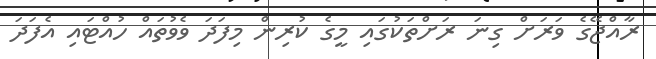
ރާއްޖޭގެ ވަރަށް ގިނަ ރަށްތަކުގައި މީގެ ކުރިން މިފަދަ ވެވުތައް ހުއްޓައި އެފަދަ